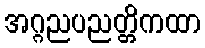
အဂ္ဂညပညတ္တိကထာ